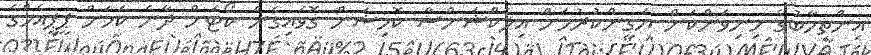
އިންތިހާބުގެ މިނިވަންކަން ޔަގީންކުރުމަށް އިލެކްޝަންސް ކޮމިޝަން ގޮވައިގެން ކޯޓަށް ދާނެ ކަމަށް ޕީޕީއެމްގެ